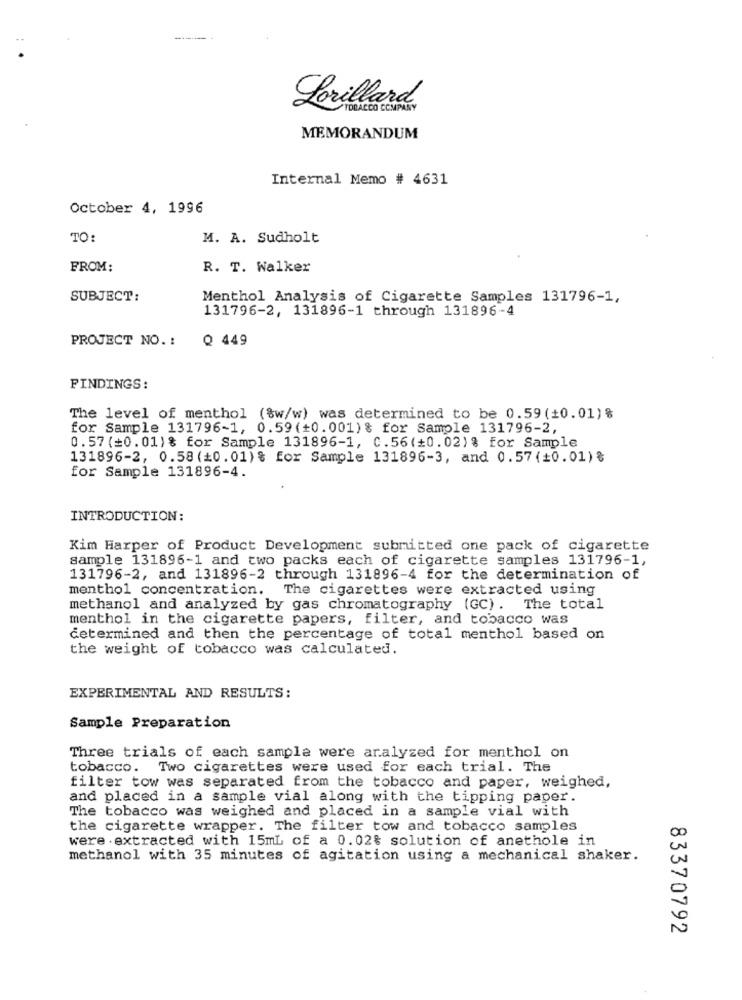
Lorillard.
MEMORANDUM
Internal Memo # 4631
October 4, 1996
TO:
M. A. Sudholt
FROM:
R. T. Walker
SUBJECT:
Menthol Analysis of Cigarette Samples 131796-1,
131796-2, 131896-1 through 131896-4
PROJECT NO. :
Q 449
FINDINGS:
The level of menthol (%w/w) was determined to be 0.59(10.01)%
for Sample 131796-1, 0.59(+0.001) % for Sample 131796-2,
0.57(=0.01)% for Sample 131896-1, C.56(+0.02)% for Sample
131896-2, 0.58(=0.01)% for Sample 131896-3, and 0.57(+0.01)%
for Sample 131896-4.
INTRODUCTION:
Kim Harper of Product Development submitted one pack of cigarette
sample 131896-1 and two packs each of cigarette samples 131796-1,
131796-2, and 131896-2 through 131896-4 for the determination of
menthol concentration. The cigarettes were extracted using
methanol and analyzed by gas chromatography (GC). The total
menthol in the cigarette papers, filter, and tobacco was
determined and then the percentage of total menthol based on
the weight of tobacco was calculated.
EXPERIMENTAL AND RESULTS:
Sample Preparation
Three trials of each sample were aralyzed for menthol on
tobacco. Two cigarettes were used for each trial. The
filter tow was separated from the tobacco and paper, weighed,
and placed in a sample vial along with the tipping paper.
The tobacco was weighed and placed in a sample vial with
the cigarette wrapper. The filter tow and tobacco samples
were extracted with 15mL of a 0.02% solution of anethole in
methanol with 35 minutes of agitation using a mechanical shaker.
83370792